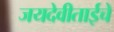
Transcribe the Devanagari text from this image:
जयदेवीताईचे